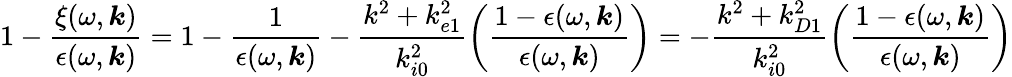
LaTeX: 1-\frac{\xi(\omega,\boldsymbol{k})}{\epsilon(\omega,\boldsymbol{k})}=1-\frac{1}{\epsilon(\omega,\boldsymbol{k})}-\frac{k^{2}+k_{e1}^{2}}{k_{i0}^{2}}\left(\frac{1-\epsilon(\omega,\boldsymbol{k})}{\epsilon(\omega,\boldsymbol{k})}\right)=-\frac{k^{2}+k_{D1}^{2}}{k_{i0}^{2}}\left(\frac{1-\epsilon(\omega,\boldsymbol{k})}{\epsilon(\omega,\boldsymbol{k})}\right)